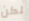
لكن